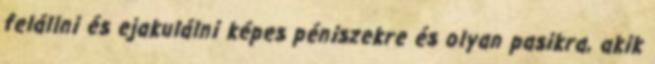
felállni és ejakulálni képes péniszekre és olyan pasikra, akik